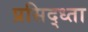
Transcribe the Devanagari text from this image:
प्रसिद्ध्ता